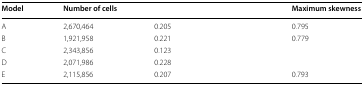
<table><thead><tr><td><b>Model</b></td><td><b>Number of cells</b></td><td>[EMPTY_CELL]</td><td><b>Maximum skewness</b></td></tr></thead><tbody><tr><td>A</td><td>2,670,464</td><td>0.205</td><td>0.795</td></tr><tr><td>B</td><td>1,921,958</td><td>0.221</td><td>0.779</td></tr><tr><td>C</td><td>2,343,856</td><td>0.123</td><td>[EMPTY_CELL]</td></tr><tr><td>D</td><td>2,071,986</td><td>0.228</td><td>[EMPTY_CELL]</td></tr><tr><td>E</td><td>2,115,856</td><td>0.207</td><td>0.793</td></tr></tbody></table>